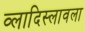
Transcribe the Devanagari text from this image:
व्लादिस्लावला